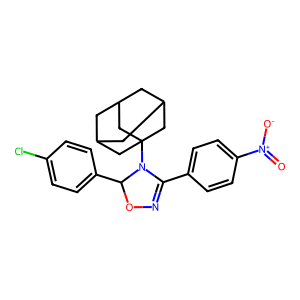
SMILES: O=[N+]([O-])c1ccc(C2=NOC(c3ccc(Cl)cc3)N2C23CC4CC(CC(C4)C2)C3)cc1
Inhibits HIV replication: No